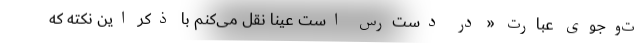
ت‌و‌جوی عبارت « در دست‌رس است عیناً نقل می‌کنم با ذکر این نکته که